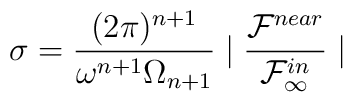
\sigma = \frac{(2 \pi)^{n+1}}{\omega^{n+1} \Omega_{n+1}}         \mid \frac{{\cal F}^{near}}{{\cal F}_{\infty}^{in}} \mid